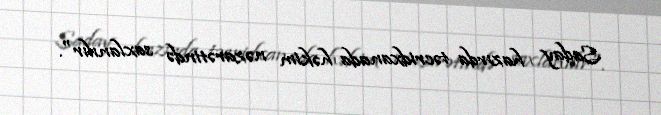
Saday hazırda təcridxanada həkim nəzarətində saxlanılır".